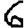
Digit: 6